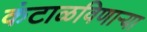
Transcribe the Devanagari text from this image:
कंटाळविणाऱ्या